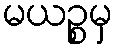
မယဉ္စမှ